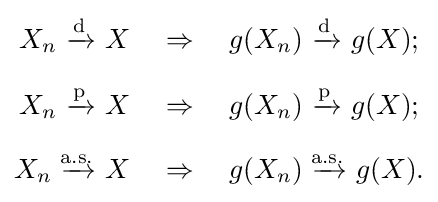
{\begin{aligned}X_{n}\ {\xrightarrow {\text{d}}}\ X\quad &\Rightarrow \quad g(X_{n})\ {\xrightarrow {\text{d}}}\ g(X);\\[6pt]X_{n}\ {\xrightarrow {\text{p}}}\ X\quad &\Rightarrow \quad g(X_{n})\ {\xrightarrow {\text{p}}}\ g(X);\\[6pt]X_{n}\ {\xrightarrow {\!\!{\text{a.s.}}\!\!}}\ X\quad &\Rightarrow \quad g(X_{n})\ {\xrightarrow {\!\!{\text{a.s.}}\!\!}}\ g(X).\end{aligned}}